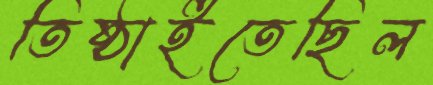
তিষ্ঠাইতেছিল